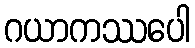
ဂယာကဿပေါ